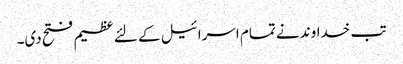
تب خداوند نے تمام اسرا ئیل کے لئے عظیم فتح دی۔